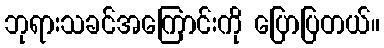
ဘုရားသခင်အကြောင်းကို ပြောပြတယ်။